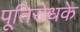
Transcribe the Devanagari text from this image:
पूतिरोधके